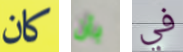
كان بأن في